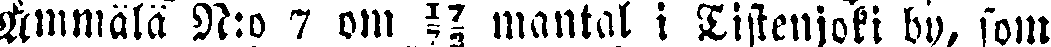
Ämmälä N:o 7 om ## mantal i Tistenjoki by, som